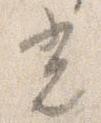
光